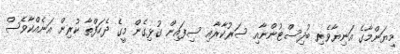
މިޔަންމާގެ އަނިޔާވެރި ބުދިސްޓުންނާއި ސަރުކާރާއި ސިފައިން ގުޅިގެން މީގެ ދެހަފްތާ ކުރިން އަނެއްކާވެސް